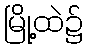
မြို့ထဲ၌